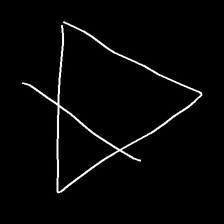
Glyph: empower